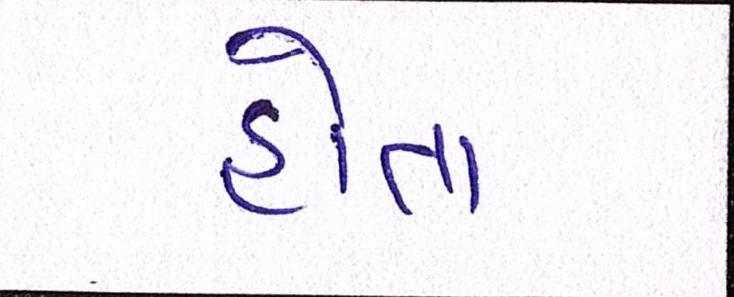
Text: હોતા